Vana-Kasaritsa_(Kasaritsa)_vallavalitsus, lk 8
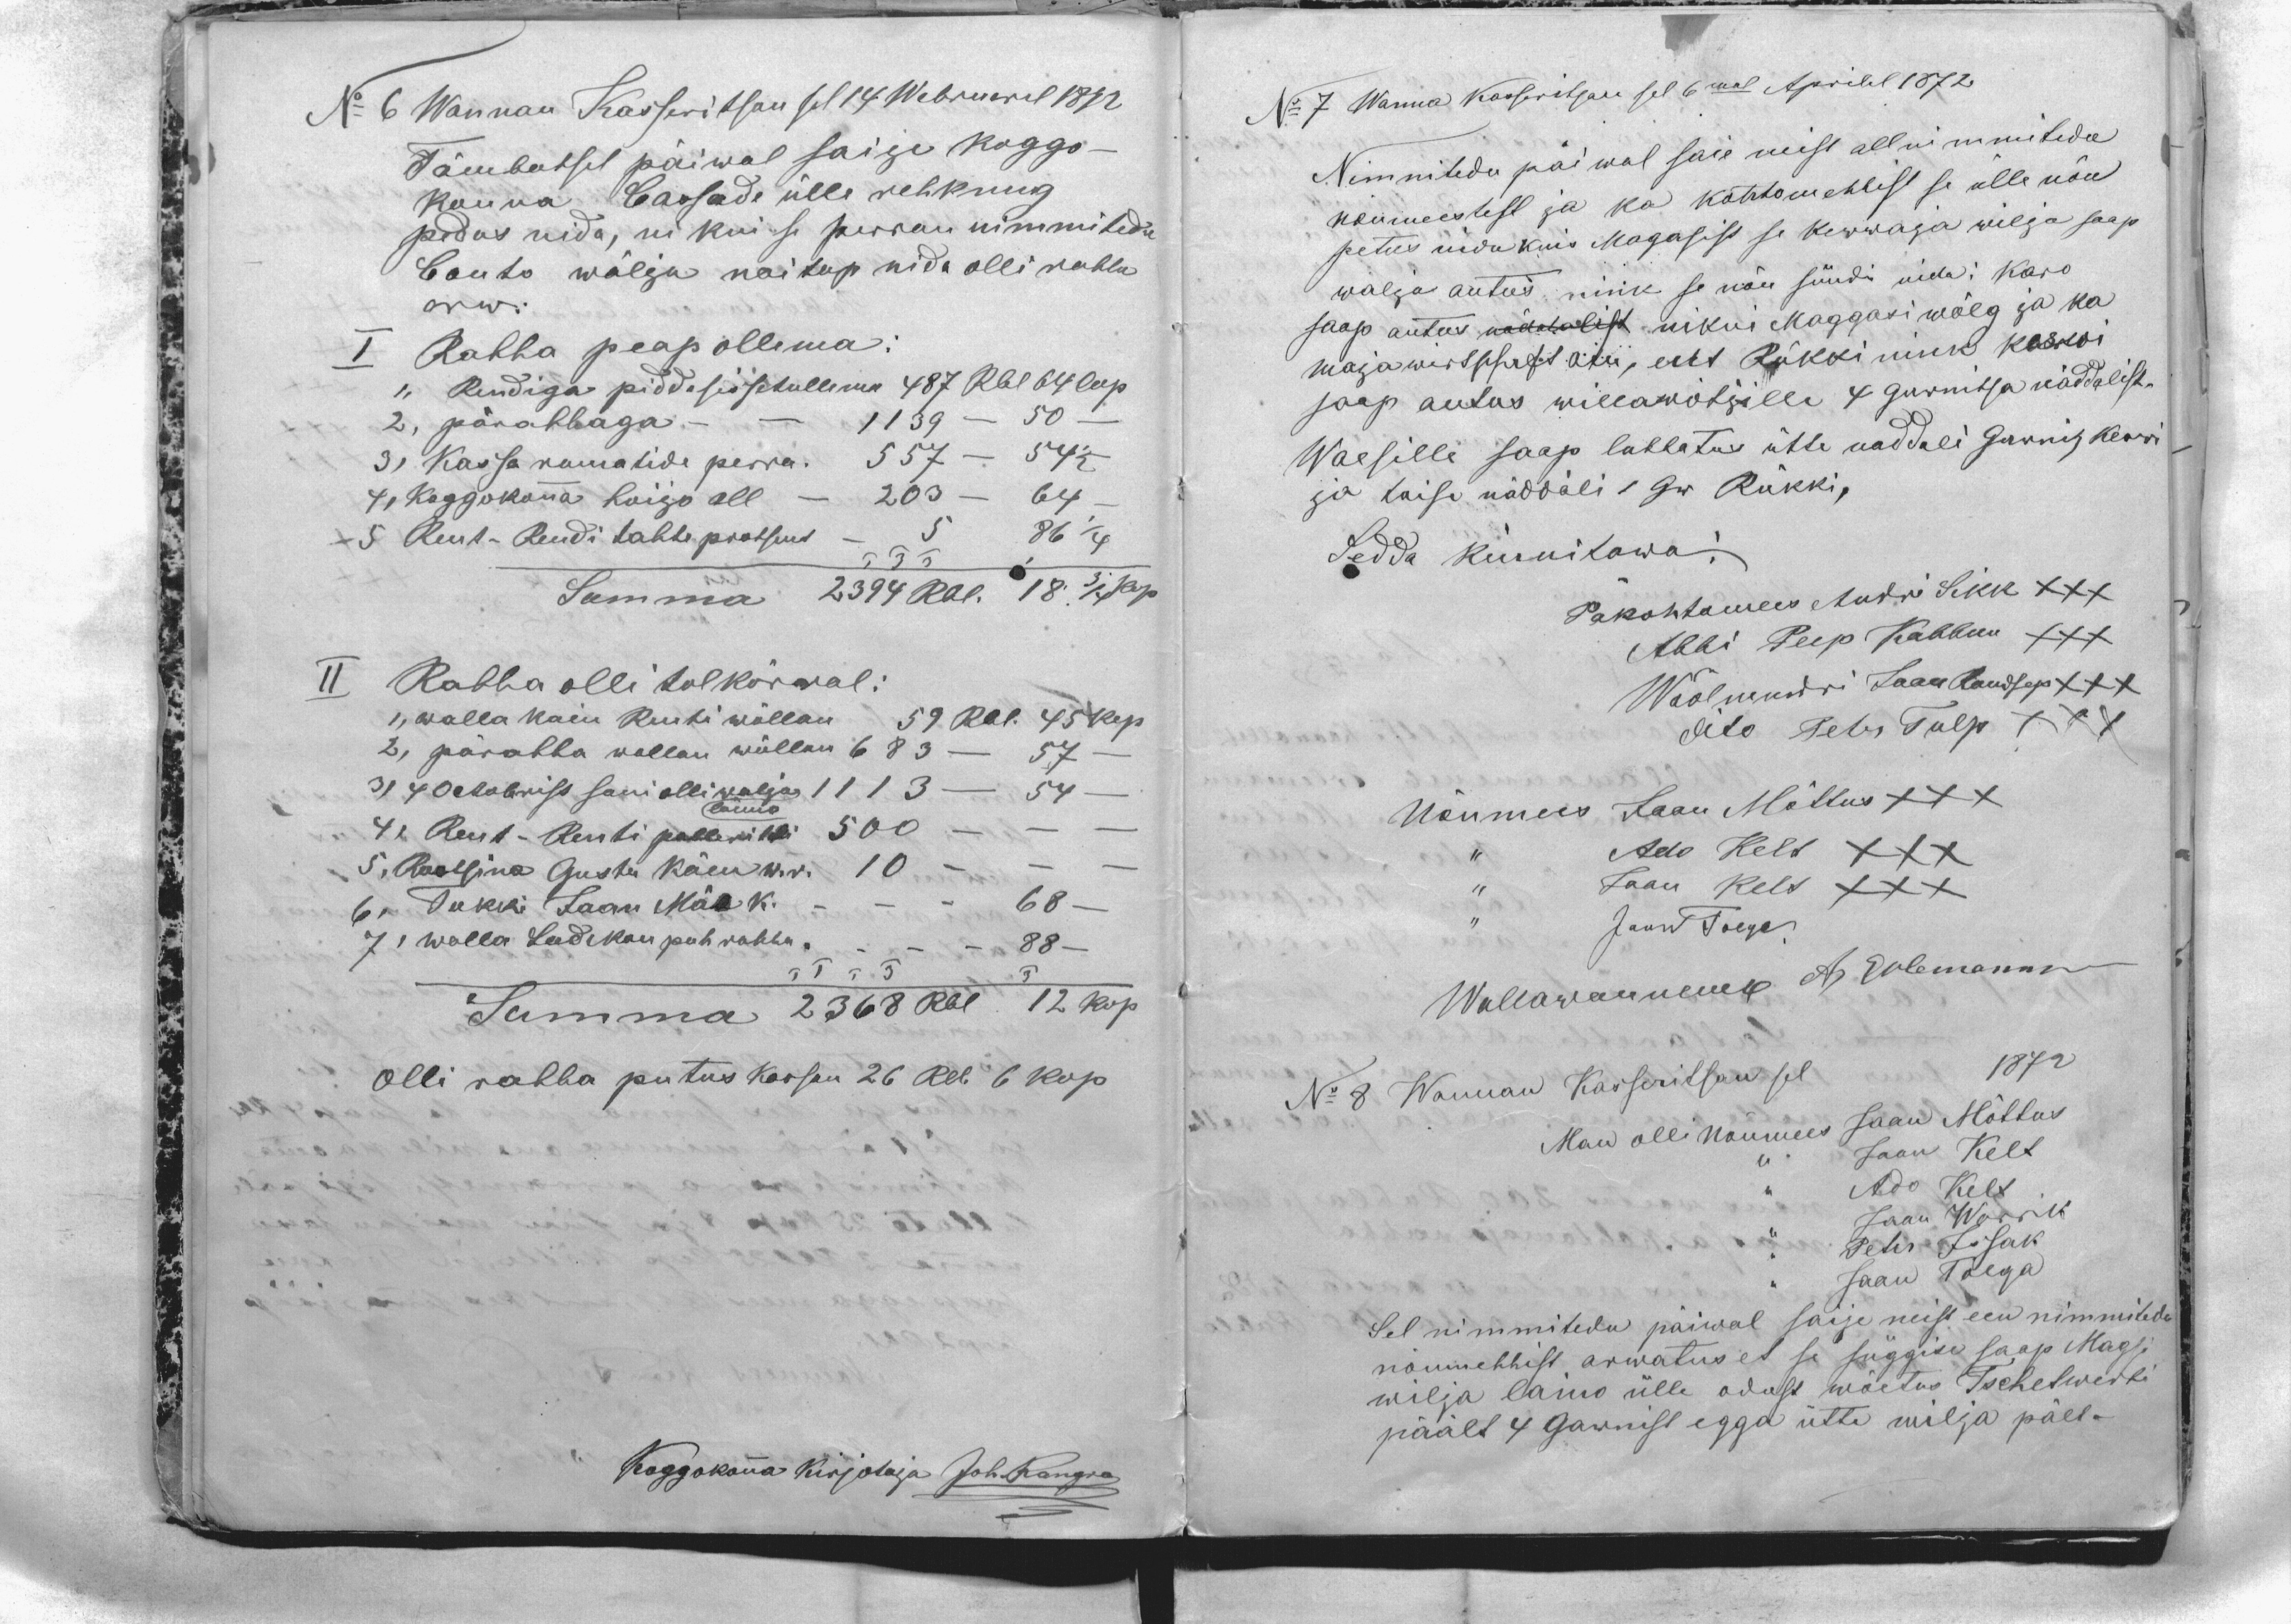
No 6 Wannan Kasseritsan sel 14 Webruaril 1872
Tämbatsel päiwal saije koggo-
konna Cassade ülle rehknug
pedus nida, nii kui se perran nimmitedu
Conto wälja naitap nida olli rahha
arw:
I Rahha peap ollema:
1, Rendiga pidda sissetullema 487 Rbl 64 cop
2, pärahhaga - - 1139 - 50-
3, Kassa ramatide perra. 557 - 54 1/2 -
4,  Koggokonna hoijo all - 203 - 64-
5, Rent-Rendi tahte protsent - 5 86 1/4
135
Summa 2394 Rbl. 18 3/4 kop
II Rahha olli  tol kõrral:
1, walla kain Renti wõllan 59 Rbl. 45 kop
2, pärahha wallan wõllan 683 - 57 -
3, 4 Octobrist sani olli walja 1113 - 54 -
länno
4, Rent-Renti palleritti 500 - - -
5, Rootsina Gustu käen w. r. 10 - - -
6, Tukki Jaan Mäe k.- - -  68 -
7. walla Ladekan puh rahha. - - - 88 -
Summa 2368 Rbl 12 kop.
Olli rahha putus kassan 26 Rbl 6 kop
Koggokonna kirjotaja Joh. Kangro

No 7 Wanna Kasseritsan sel 6mal Aprilil 1872
Nimnitedu päiwal saie neist allnimmitedu
nõumeestest ja ka kohtomehhist se ülle nõu
petus nida kuis Magasist se kewwaja wilja saap
wälja antus, nink se nõu sündi nida: karo
saap antus näddalist nikui Maggasi wõlg ja ka
majawirtschaft om, ent Rukki nink keswi
saap antas willawõtjille 4 garnitsa näddalist,
Waesille saap lubbatus ütte naddali garnits keswi
ja taise näddäli 1 Gr Rukki,
Sedda kinnitawa:
Päkohtomees Andri Sikk XXX
Abbi Peep Kabbun XXX
Wöölmundri Jaan Raudsep XXX
dito Peter Tulp XXX
Nõumees Jaan Mõttus XXX
,, Ado Kelt XXX
,, Jaan Kelt XXX
,, Jaarn Tolgo.
Wallawannemb A Erlemann
No 8 Wannan Kasseritsan sel 1872
Man olli Nõumees Jaan Mõttus
,, Jaan Kelt
,, Ado Kelt
,, Jaan Warrik
,, Peter Issak
,, Jaan Tolga
Sel nimmitedu päiwal saije neist een nimmitedu
nõumehhist arwatus et se süggise saap Magsi
wilja laino ülle odust wõetus Tschetwerti
päält 4 Garnist egga ütte wilja pält.